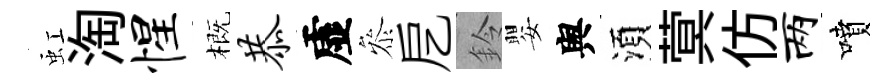
虹淘惺概恭虚叅戹鈴嬰舆湏蓂仿两噴